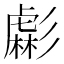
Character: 虨